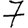
Digit: 7